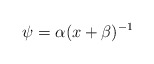
\begin{align*}\psi=\alpha(x+\beta)^{-1}\end{align*}